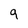
Character: 9